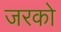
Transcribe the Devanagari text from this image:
जरको